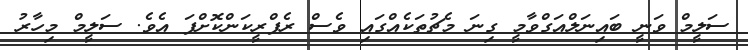
ސަލީމް ވަނީ ބައިނަލްއަގްވާމީ ގިނަ މެޗުތަކެއްގައި ވެސް ރެފްރީކަންކޮށްފަ އެވެ. ސަލީމް މިހާރު